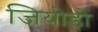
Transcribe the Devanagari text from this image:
जियोडों